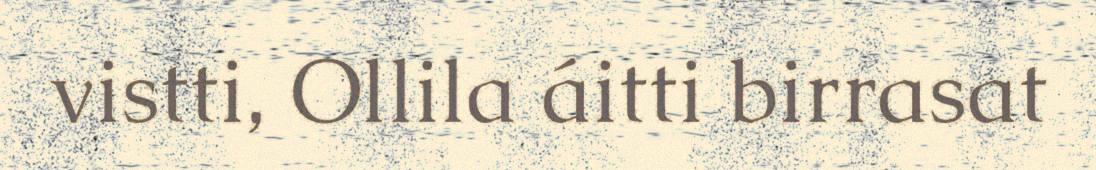
vistti, Ollila áitti birrasat